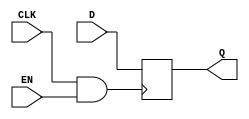
module clock_gated_memory (
    input wire CLK,      // Main clock signal
    input wire EN,       // Enable signal
    input wire [7:0] D,  // Data input (example width of 8 bits)
    output reg [7:0] Q   // Data output
);

    // Gated clock signal
    wire GCLK;

    // AND gate for clock gating
    assign GCLK = CLK & EN;

    // Memory block (simple register for demonstration)
    always @(posedge GCLK) begin
        Q <= D; // Store data on the rising edge of the gated clock
    end

endmodule